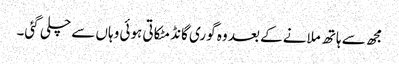
مجھ سے ہاتھ ملانے کے بعد وہ گوری گانڈ مٹکاتی ہوئی وہاں سے چلی گئی۔